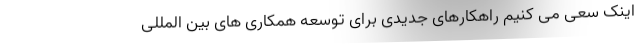
اینک سعی می کنیم راهکارهای جدیدی برای توسعه همکاری های بین المللی